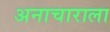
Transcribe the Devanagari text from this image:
अनाचाराला